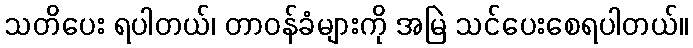
သတိပေး ရပါတယ်၊ တာဝန်ခံများကို အမြဲ သင်ပေးစေရပါတယ်။